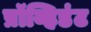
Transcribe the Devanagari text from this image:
प्रॉव्हिडंट